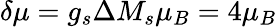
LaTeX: \delta\mu=g_{s}\Delta M_{s}\mu_{B}=4\mu_{B}